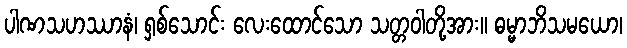
ပါဏသဟဿာနံ၊ ရှစ်သောင်း လေးထောင်သော သတ္တဝါတို့အား။ ဓမ္မာဘိသမယော၊